Black-water fever - Number 35
Disease focus: Fever
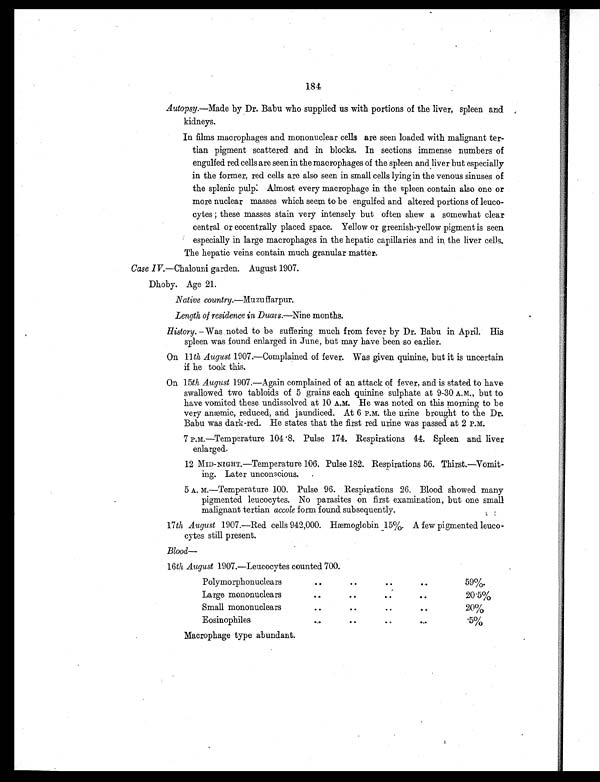
184
Autopsy.—Made by Dr. Babu who supplied us with portions of the liver, spleen and
kidneys.
In films macrophages and mononuclear cells are seen loaded with malignant ter-
tian pigment scattered and in blocks. In sections immense numbers of
engulfed red cells are seen in the macrophages of the spleen and liver but especially
in the former, red cells are also seen in small cells lying in the venous sinuses of
the splenic pulp. Almost every macrophage in the spleen contain also one or
more nuclear masses which seem to be engulfed and altered portions of leuco-
cytes these masses stain very intensely but often shew a somewhat clear
central or eccentrally placed space. Yellow or greenish-yellow pigment is seen
especially in large macrophages in the hepatic capillaries and in the liver cells.
The hepatic veins contain much granular matter.
Case IV.—Chalouni garden. August 1907.
Dhoby. Age 21.
Native country.—Muzuffarpur.
Length of residence in Duars. —Nine months.
History. —Was noted to be suffering much from fever by Dr. Babu in April. His
spleen was found enlarged in June, but may have been so earlier.
On 11 th August 1907.—Complained of fever. Was given quinine, but it is uncertain
if he took this.
On 15th August 1907.—Again complained of an attack of fever, and is stated to have
swallowed two tabloids of 5 grains each quinine sulphate at 9-30 A.M., but to
have vomited these undissolved at 10 A.M. He was noted on this morning to be
very anæmic, reduced, and jaundiced. At 6 P.M. the urine brought to the Dr.
Babu was dark-red. He states that the first red urine was passed at 2 P.M.
7 P.M.—Temperature 104.8. Pulse 174. Respirations 44. Spleen and liver
enlarged.
12 MID-NIGHT.—Temperature 106. Pulse 182. Respirations 56. Thirst.—Vomit-
ing. Later unconscious.
5 A. M.—Temperature 100. Pulse 96. Respirations 26. Blood showed many
pigmented leucocytes. No parasites on first examination, but one small
malignant tertian accole form found subsequently.
17th August 1907.—Red cells 942,000. Hæmoglobin 15%. A few pigmented leuco-
cytes still present.
Blood —
16th August 1907.—Leucocytes counted 700.
Polymorphonuclears
. .
. .
. .
..
59%.
Large mononuclears
. .
. .
. .
. .
20.5%
Small mononuclear
Eosinophiles
..
. .
. .
..
. .
..
. .
..
20%
. 5 %
Macrophage type abundant.